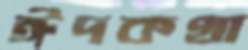
ঈদকথা